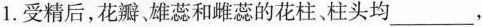
1. 受精后，花瓣，雄蕊和雌蕊的花柱、柱头均___，